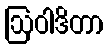
ဩဝါဒိတာ